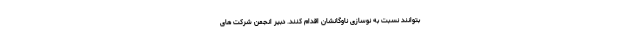
بتوانند نسبت به نوسازی ناوگانشان اقدام کنند. دبیر انجمن شرکت های